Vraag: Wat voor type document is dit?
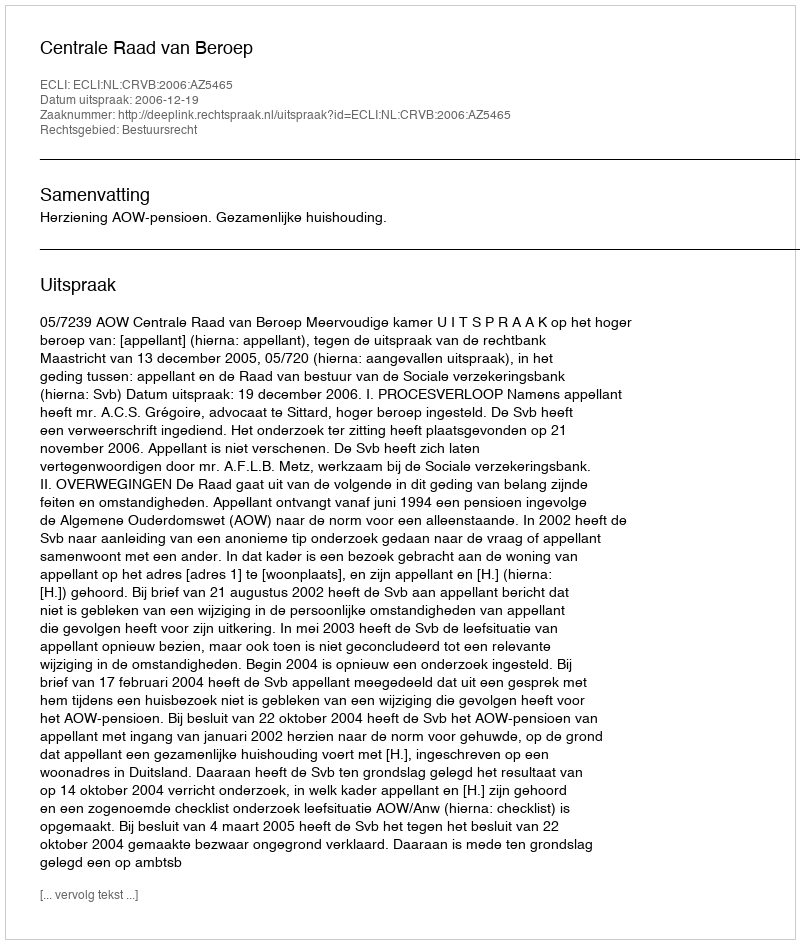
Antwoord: Uitspraak